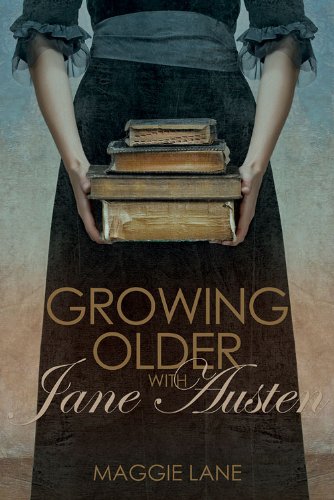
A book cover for Growing Older with Jane Austen; Maggie Lane; Literature & Fiction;